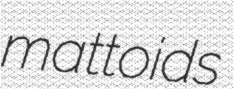
mattoids